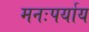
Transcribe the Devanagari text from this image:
मनःपर्याय